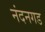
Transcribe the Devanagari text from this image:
नंदनगड